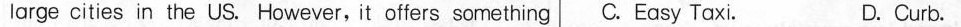
large cities in the US. However, it offers something C.Easy Taxi. D.Curb.